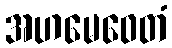
အဟမေဝေတံ